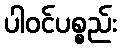
ပါဝင်ပစ္စည်း